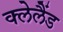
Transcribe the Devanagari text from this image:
क्लेलैंड